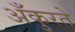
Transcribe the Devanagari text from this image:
अँकुरते